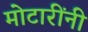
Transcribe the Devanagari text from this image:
मोटारींनी